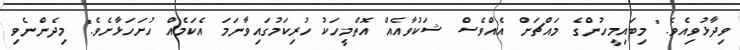
ވިދާޅުވިއެވެ. "މިބައިމީހުންގެ މައްޗަށް އެއްވެސް ޝަކުވާއެއް އޮތްމީހަކު ހުރިކަމުގައިވާނަމަ އެކަމެއް ހުށަހަޅާށެވެ." މިދެންނެވި